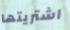
اشتريتها